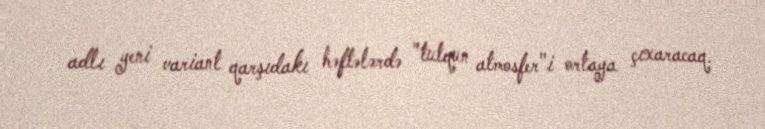
adlı yeni variant qarşıdakı həftələrdə "tutqun atmosfer"i ortaya çıxaracaq.